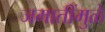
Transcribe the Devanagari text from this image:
जमातींमुळे